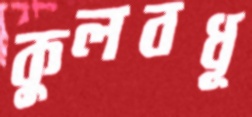
কুলবধূ